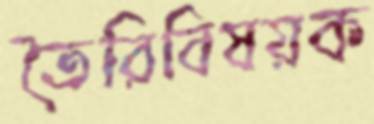
তৈরিবিষয়ক